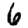
Digit: 6